Lunatic asylums in Bengal annual reports 1912-1924 - 1912-1924
Year: 1912
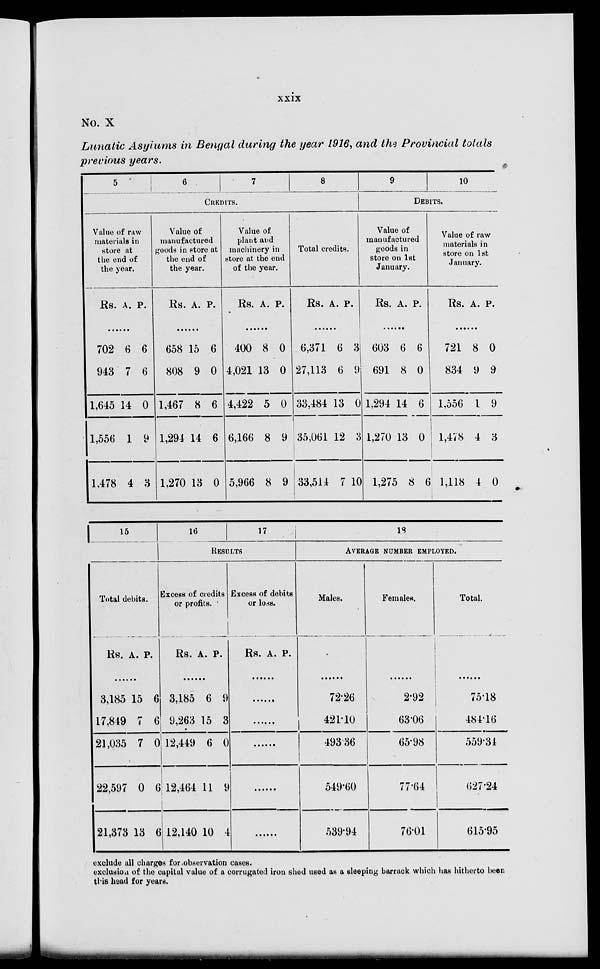
xxix
No. X
Lunatic Asylums in Bengal during the year 1916, and the Provincial totals
previous years.
5
6
7
8
CREDITS.
Value of raw
materials in
store at
the end of
the year.
Rs. A. P.
702
943
1,645
1,556
1,478
6
7
14
1
4
6
6
0
9
3
Value of
manufactured
goods in store at
the end of
the year.
Rs. A. P.
658
808
1,467
1,294
1,270
15
9
8
14
13
6
0
6
6
0
Value of
plant and
machinery in
store at the end
of the year.
Rs. A. P.
400
4,021
4,422
6,166
5,966
8
13
5
8
8
0
0
0
9
9
Total credits.
Rs. A. P.
6,371
27,113
33,484
35,061
33,514
6
6
13
12
7
3
9
0
3
10
9
10
DEBITS.
Value of
manufactured
goods in
store on 1st
January.
Rs. A. P.
603
691
1,294
1,270
1,275
6
8
14
13
8
6
0
6
0
6
Value of raw
materials in
store on 1st
January.
Rs. A. P.
721
834
1,556
1,478
1,118
8
9
1
4
4
0
9
9
3
0
15
16
17
RESULTS
Total debits.
Rs.
3,185
17,849
21,035
22,597
21,373
A.
15
7
7
0
13
P.
6
6
0
6
6
Excess of credits
or profits.
Rs.
3,185
9,263
12,449
12,464
12,140
A.
6
15
6
11
10
P.
9
3
0
9
4
Excess of debits
or loss.
Rs. A. P.
......
......
......
......
......
18
AVERAGE NUMBER EMPLOYED.
Males.
......
72.26
421.10
493.36
549.60
539.94
Females.
......
2.92
63.06
65.98
77.64
76.01
Total.
......
75.18
484.16
559.31
627.24
615.95
exclude all charges for observation cases.
exclusion of the capital value of a corrugated iron shed used as a sleeping barrack which has hitherto been
this head for years.